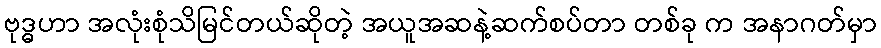
ဗုဒ္ဓဟာ အလုံးစုံသိမြင်တယ်ဆိုတဲ့ အယူအဆနဲ့ဆက်စပ်တာ တစ်ခု က အနာဂတ်မှာ